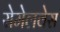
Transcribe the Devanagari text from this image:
सेमेलवेस